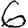
Digit: 6